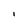
Character: i